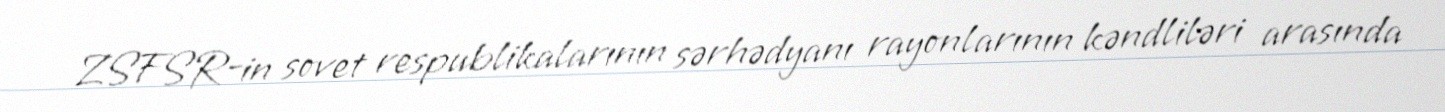
ZSFSR-in sovet respublikalarının sərhədyanı rayonlarının kəndliləri arasında